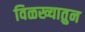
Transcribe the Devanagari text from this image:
विळख्यातुन